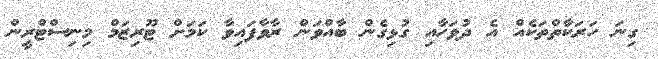
ގިނަ ހަރަކާތްތަކެއް އެ ދުވަހާއި ގުޅިގެން ބާއްވަން ރާވާފައިވާ ކަމަށް ޓޫރިޒަމް މިނިސްޓްރީން